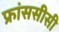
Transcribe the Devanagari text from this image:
फ्रांससीसी